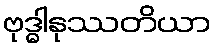
ဗုဒ္ဓါနုဿတိယာ